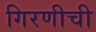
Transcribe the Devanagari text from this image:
गिरणीची